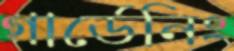
গার্ডেনিং